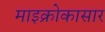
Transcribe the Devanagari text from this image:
माइक्रोकासार